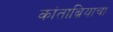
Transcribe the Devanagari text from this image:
कांताब्रियाचा